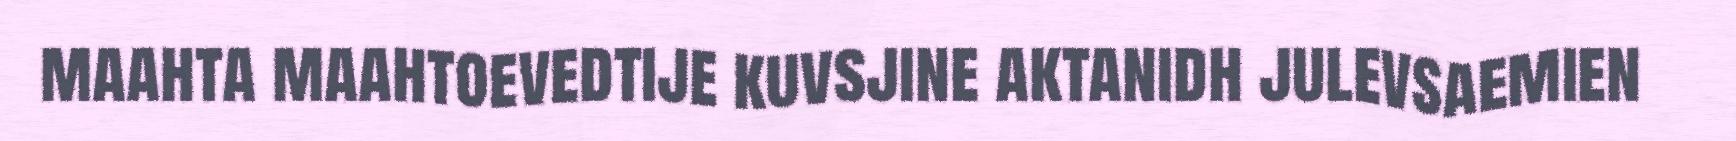
maahta maahtoevedtije kuvsjine aktanidh julevsaemien